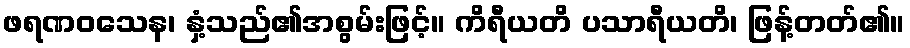
ဖရဏဝသေန၊ နှံ့သည်၏အစွမ်းဖြင့်။ ကိရီယတိ ပသာရီယတိ၊ ဖြန့်တတ်၏။